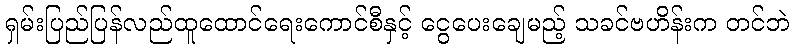
ရှမ်းပြည်ပြန်လည်ထူထောင်ရေးကောင်စီနှင့် ငွေပေးချေမည့် သခင်ဗဟိန်းက တင်ဘဲ